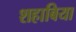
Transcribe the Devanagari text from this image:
शहाबिया